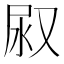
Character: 𭰇